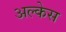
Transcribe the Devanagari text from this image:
अल्केस